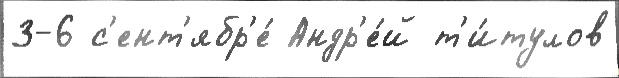
3-6 с'ент'ябр'е́ Андр'е́й т'и́тулов